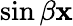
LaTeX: \sin{\beta\mathbf{x}}